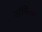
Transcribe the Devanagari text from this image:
अंनिआ